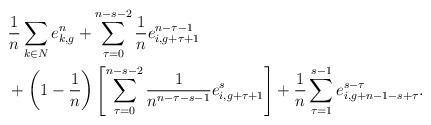
LaTeX: \begin{align*}& \frac{1}{n}\sum_{k\in N}e_{k,g}^n +\sum_{\tau=0}^{n-s-2}\frac{1}{n}e^{n-\tau-1}_{i,g+\tau+1} \\&+\left(1-\frac{1}{n}\right)\left[\sum_{\tau=0}^{n-s-2}\frac{1}{n^{n-\tau-s-1}}e^{s}_{i,g+\tau+1}\right]+\frac{1}{n}\sum_{\tau=1}^{s-1}e_{i,g+n-1-s+\tau}^{s-\tau} .\end{align*}